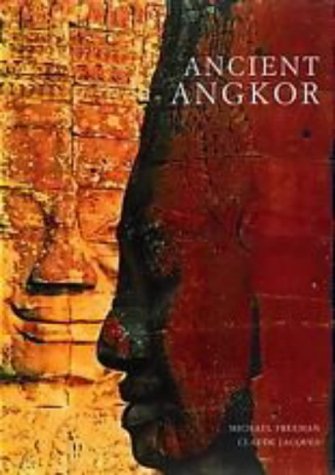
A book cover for Ancient Angkor; Michael Freeman; Travel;